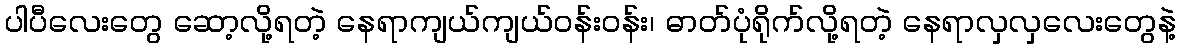
ပါပီလေးတွေ ဆော့လို့ရတဲ့ နေရာကျယ်ကျယ်ဝန်းဝန်း၊ ဓာတ်ပုံရိုက်လို့ရတဲ့ နေရာလှလှလေးတွေနဲ့